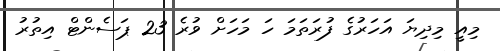
މިއީ މިދިޔަ އަހަރުގެ ފުރަތަމަ ހަ މަހަށް ވުރެ 23 ޕަސެންޓް އިތުރު